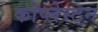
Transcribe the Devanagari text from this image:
कोप्लेस्टन